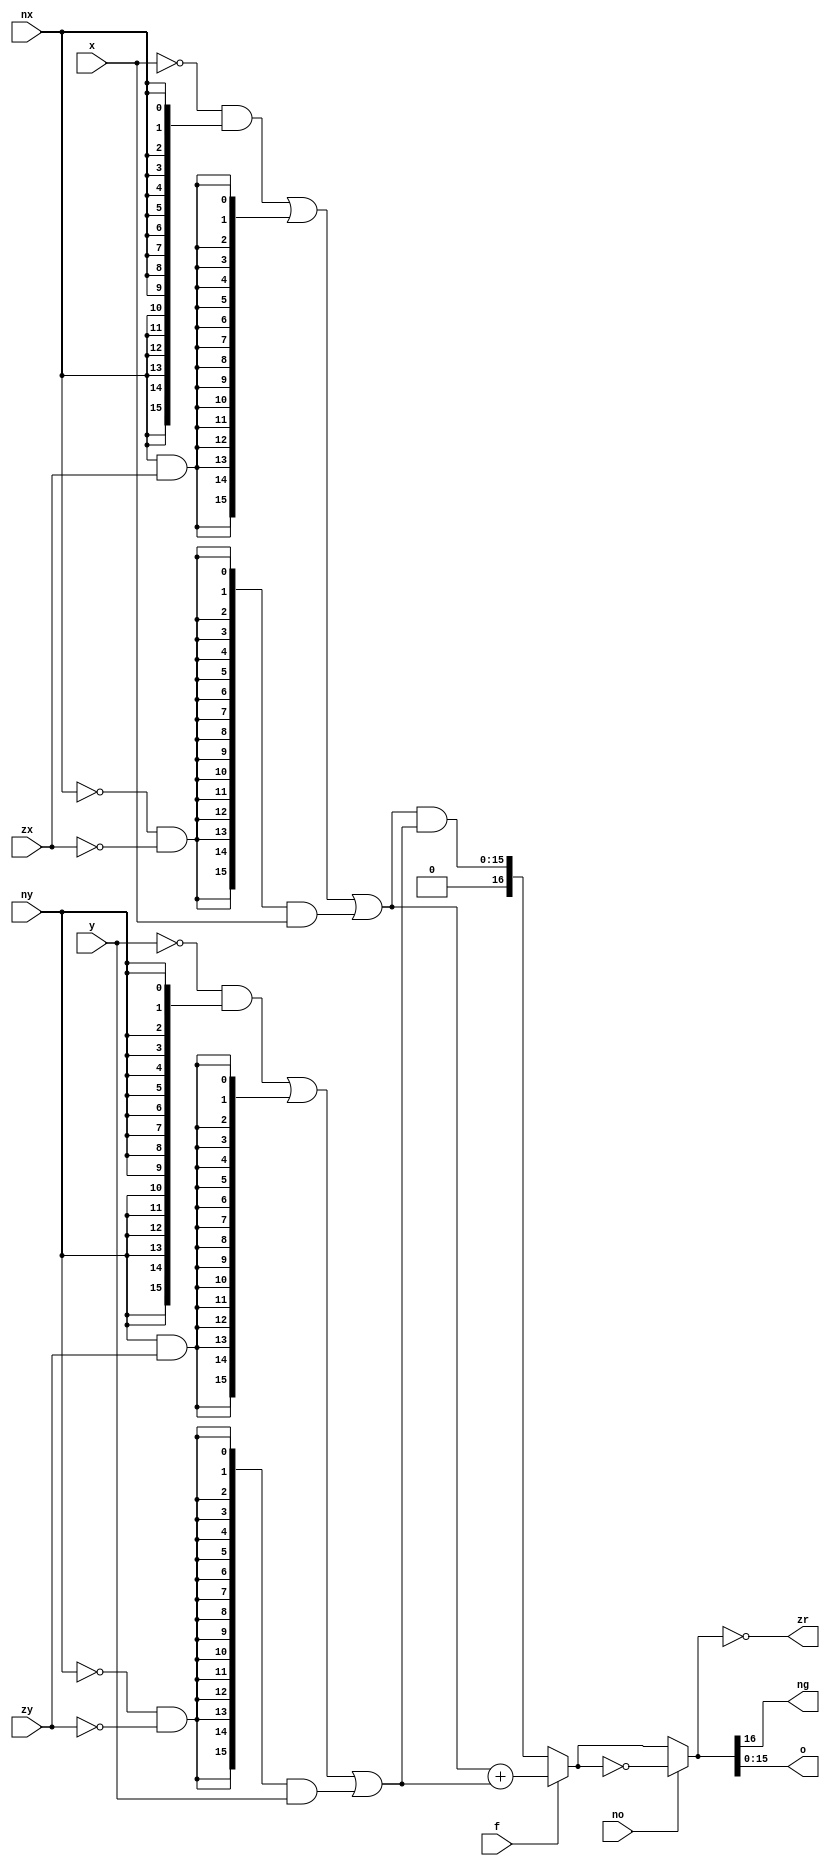
`timescale 1ns / 1ns

module CalC(input [15:0]x, 
            input [15:0]y,
            input zx,nx,zy,ny,f,no,
            output reg ng,zr,
            output reg [15:0]o);
            
            wire [15:0]x1;
            wire [15:0]y1;
            wire [16:0]f1;
            wire [16:0]f2;
            assign x1 = ~x&{16{nx}}|{16{nx&zx}}|{16{~nx&~zx}}&x;
            assign y1 = ~y&{16{ny}}|{16{ny&zy}}|{16{~ny&~zy}}&y;
            assign f1[16:0] =f?(x1+y1):(x1&y1);
            assign f2[16:0] =no?~f1:f1;

            always @(*) begin
                ng <= f2[16];
                zr <= (f2=={16{1'b0}});           
                o <= f2[15:0];
            end
endmodule